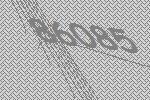
86085